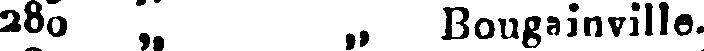
280 „  „ Bougainville.